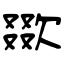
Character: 欼